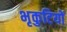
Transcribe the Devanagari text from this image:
भृकुटियों